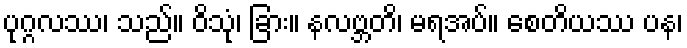
ပုဂ္ဂလဿ၊ သည်။ ဝိသုံ၊ ခြား။ နလဗ္ဘတိ၊ မရအပ်။ စေတိယဿ ပန၊